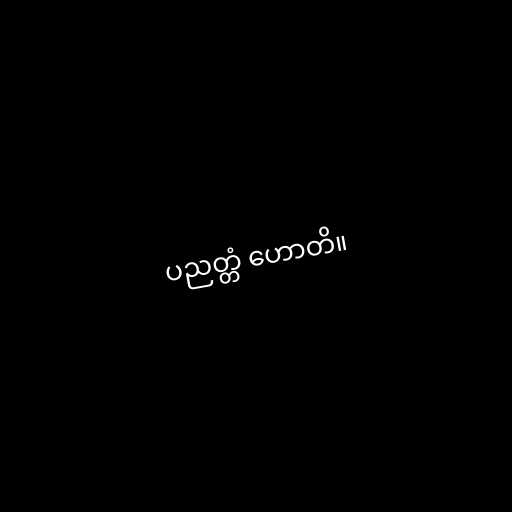
ပညတ္တံ ဟောတိ။